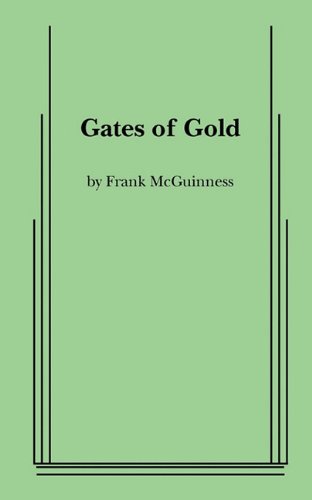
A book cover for Gates of Gold; Frank McGuinness; Literature & Fiction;